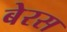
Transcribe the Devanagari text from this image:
बेरस